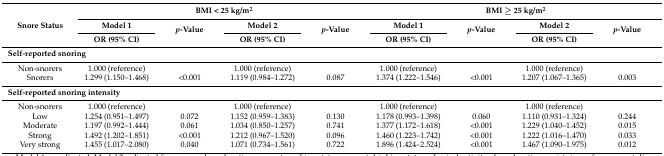
<table><thead><tr><td rowspan="3"><b>Snore Status</b></td><td colspan="4"><b>BMI &lt; 25 kg/m<sup>2</sup></b></td><td colspan="4"><b>BMI ≥ 25 kg/m<sup>2</sup></b></td></tr><tr><td><b>Model 1</b></td><td rowspan="2"><b><i>p</i>-Value</b></td><td><b>Model 2</b></td><td rowspan="2"><b><i>p</i>-Value</b></td><td><b>Model 1</b></td><td rowspan="2"><b><i>p</i>-Value</b></td><td><b>Model 2</b></td><td rowspan="2"><b><i>p</i>-Value</b></td></tr><tr><td><b>OR (95% CI)</b></td><td><b>OR (95% CI)</b></td><td><b>OR (95% CI)</b></td><td><b>OR (95% CI)</b></td></tr></thead><tbody><tr><td colspan="9"><b>Self-reported snoring</b></td></tr><tr><td>Non-snorers</td><td>1.000 (reference)</td><td></td><td>1.000 (reference)</td><td></td><td>1.000 (reference)</td><td></td><td>1.000 (reference)</td><td></td></tr><tr><td>Snorers</td><td>1.299 (1.150–1.468)</td><td>&lt;0.001</td><td>1.119 (0.984–1.272)</td><td>0.087</td><td>1.374 (1.222–1.546)</td><td>&lt;0.001</td><td>1.207 (1.067–1.365)</td><td>0.003</td></tr><tr><td colspan="9"><b>Self-reported snoring intensity</b></td></tr><tr><td>Non-snorers</td><td>1.000 (reference)</td><td></td><td>1.000 (reference)</td><td></td><td>1.000 (reference)</td><td></td><td>1.000 (reference)</td><td></td></tr><tr><td>Low</td><td>1.254 (0.951–1.497)</td><td>0.072</td><td>1.152 (0.959–1.383)</td><td>0.130</td><td>1.178 (0.993–1.398)</td><td>0.060</td><td>1.110 (0.931–1.324)</td><td>0.244</td></tr><tr><td>Moderate</td><td>1.197 (0.992–1.444)</td><td>0.061</td><td>1.034 (0.850–1.257)</td><td>0.741</td><td>1.377 (1.172–1.618)</td><td>&lt;0.001</td><td>1.229 (1.040–1.452)</td><td>0.015</td></tr><tr><td>Strong</td><td>1.492 (1.202–1.851)</td><td>&lt;0.001</td><td>1.212 (0.967–1.520)</td><td>0.096</td><td>1.460 (1.223–1.742)</td><td>&lt;0.001</td><td>1.222 (1.016–1.470)</td><td>0.033</td></tr><tr><td>Very strong</td><td>1.455 (1.017–2.080)</td><td>0.040</td><td>1.071 (0.734–1.561)</td><td>0.722</td><td>1.896 (1.424–2.524)</td><td>&lt;0.001</td><td>1.467 (1.090–1.975)</td><td>0.012</td></tr></tbody></table>